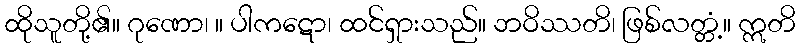
ထိုသူတို့၏။ ဂုဏော၊ ။ ပါကဋော၊ ထင်ရှားသည်။ ဘဝိဿတိ၊ ဖြစ်လတ္တံ့။ ဣတိ